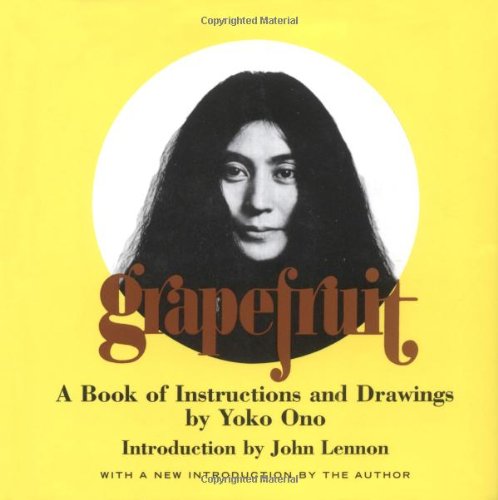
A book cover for Grapefruit: A Book of Instructions and Drawings by Yoko Ono; Yoko Ono; Humor & Entertainment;